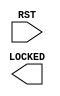
// $Header: /devl/xcs/repo/env/Databases/CAEInterfaces/xec_libs/data/unisims/DCIRESET.v,v 1.3 2009/08/22 00:32:34 harikr Exp $
///////////////////////////////////////////////////////////////////////////////
// Copyright (c) 1995/2009 Xilinx, Inc.
// All Right Reserved.
///////////////////////////////////////////////////////////////////////////////
//   ____  ____
//  /   /\/   /
// /___/  \  /    Vendor : Xilinx
// \   \   \/     Version : 11.1i (L.11)
//  \   \         Description : Xilinx Formal Library Component
//  /   /
// /___/   /\     Filename : DCIRESET.v
// \   \  /  \    Timestamp :
//  \___\/\___\
//
// Revision:
//    04/28/09 - Initial version.
// End Revision

`timescale  1 ps / 1 ps

module DCIRESET (
  LOCKED,
  RST
);

  output LOCKED;

  input RST;





endmodule